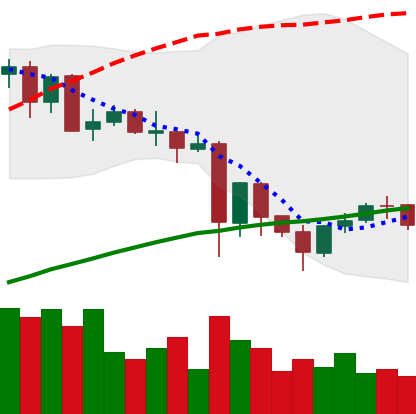
Ticker: NEO-USD
Chart end date: 2021-05-28
Forward return: 5.965%
Label: up_5_7